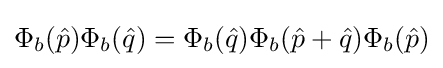
\Phi _{b}({\hat {p}})\Phi _{b}({\hat {q}})=\Phi _{b}({\hat {q}})\Phi _{b}({\hat {p}}+{\hat {q}})\Phi _{b}({\hat {p}})